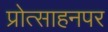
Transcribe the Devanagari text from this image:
प्रोत्साहनपर